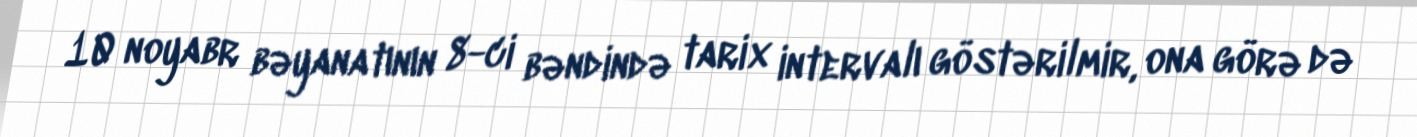
10 noyabr bəyanatının 8-ci bəndində tarix intervalı göstərilmir, ona görə də